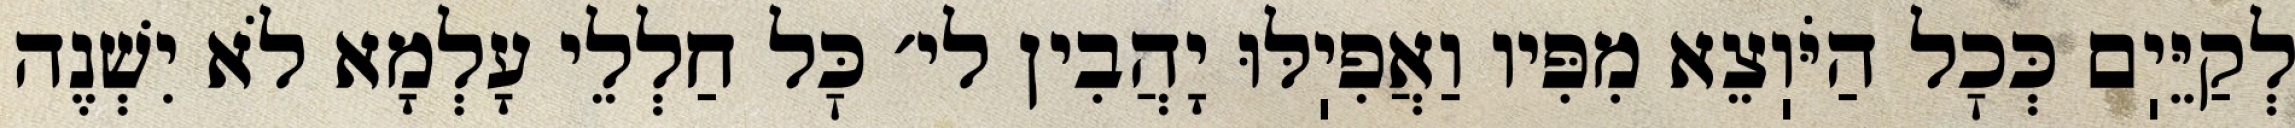
לְקַיֵּיֽם כְּכׇל הַיֹּוֽצֵא מִפִּיו וַאֲפִיֽלּוּ יָהֲבִין לי׳ כׇּל חַלְלֵי עָלְמָא לֹא יִשְׁנֶה